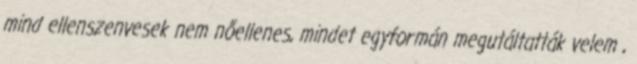
mind ellenszenvesek nem nőellenes, mindet egyformán megutáltatták velem ,